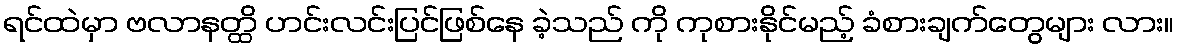
ရင်ထဲမှာ ဗလာနတ္ထိ ဟင်းလင်းပြင်ဖြစ်နေ ခဲ့သည် ကို ကုစားနိုင်မည့် ခံစားချက်တွေများ လား။